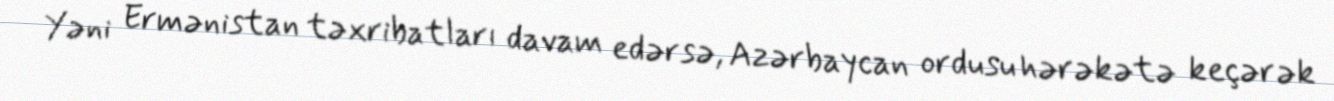
Yəni Ermənistan təxribatları davam edərsə, Azərbaycan ordusu hərəkətə keçərək